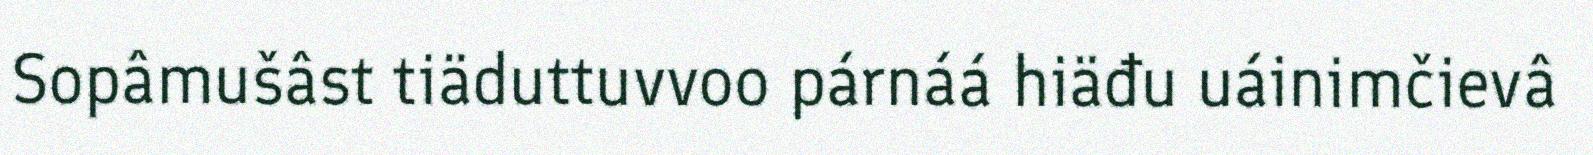
Sopâmušâst tiäduttuvvoo párnáá hiäđu uáinimčievâ